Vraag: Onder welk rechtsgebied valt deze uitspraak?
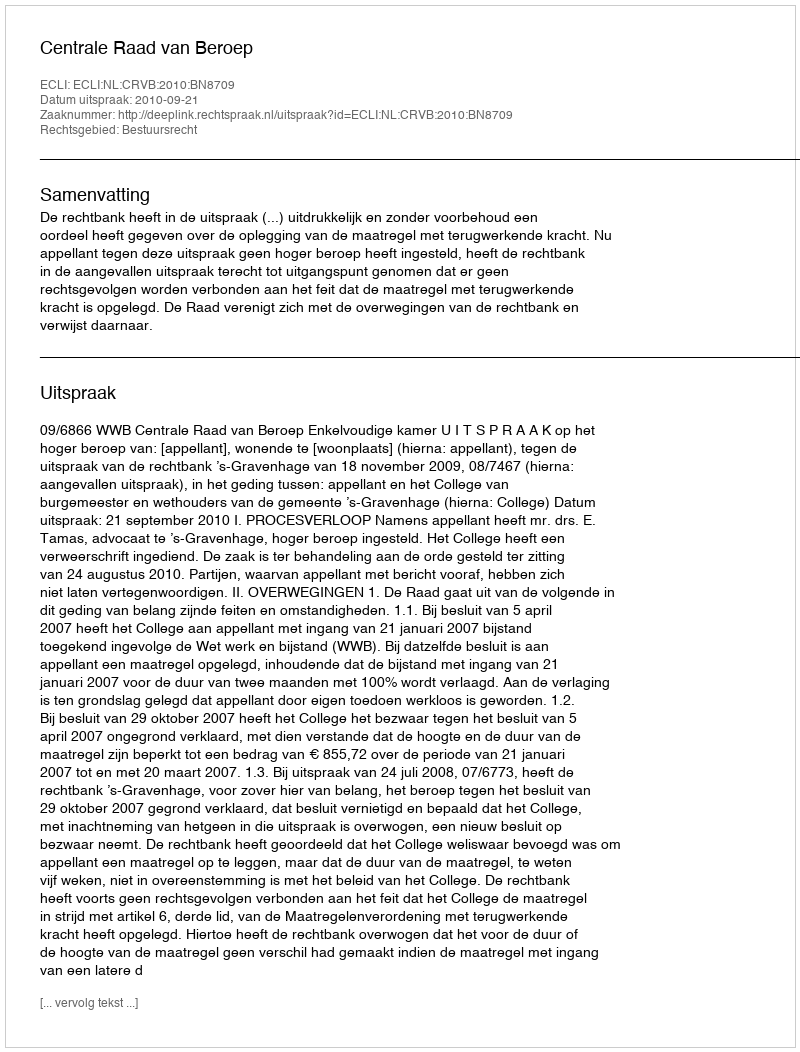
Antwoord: Bestuursrecht